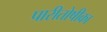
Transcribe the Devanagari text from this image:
पारीतोषीका